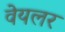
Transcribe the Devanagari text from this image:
वेयलर